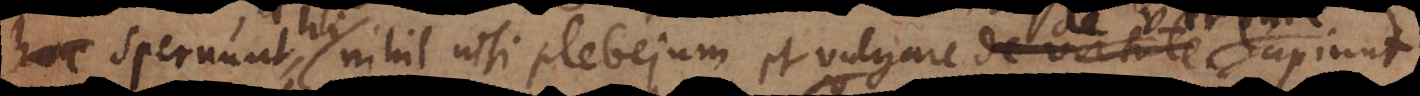
hi nihil nisi plebejum et vulgare de virtute sapiunt